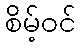
စိမ့်ဝင်